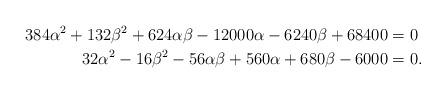
LaTeX: \begin{align*} 384\alpha^2+132\beta^2+624\alpha\beta-12000 \alpha-6240\beta+68400 &= 0 \\ 32\alpha^2-16\beta^2-56\alpha\beta+560\alpha+680\beta-6000 &= 0.\end{align*}